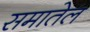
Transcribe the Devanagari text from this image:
समातेल